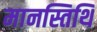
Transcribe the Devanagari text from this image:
मानस्तिथि